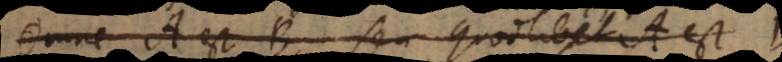
Omne A est B, seu quodlibet A est